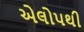
એલોપથી